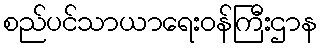
စည်ပင်သာယာရေးဝန်ကြီးဌာန